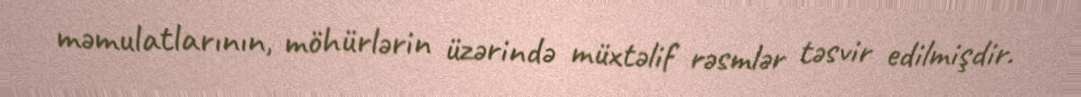
məmulatlarının, möhürlərin üzərində müxtəlif rəsmlər təsvir edilmişdir.